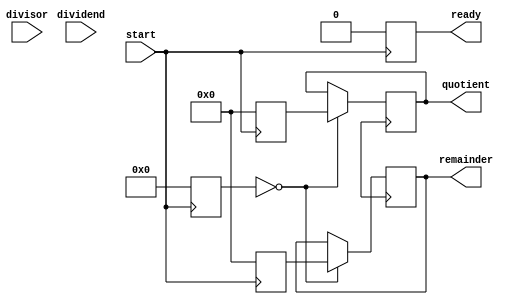
module Pipelined_Divider (
    input [31:0] dividend,
    input [31:0] divisor,
    input start,
    output reg ready,
    output reg [31:0] quotient,
    output reg [31:0] remainder
);

reg [31:0] dividend_reg;
reg [31:0] divisor_reg;
reg [31:0] quotient_reg;
reg [31:0] remainder_reg;
reg [4:0] stage;

always @ (posedge start) begin
    if (start) begin
        ready <= 0;
        dividend_reg <= dividend;
        divisor_reg <= divisor;
        quotient_reg <= 0;
        remainder_reg <= 0;
        stage <= 0;
    end else begin
        case (stage)
            0: begin // shift divisor to align with MSB of dividend
                divisor_reg <= divisor_reg << 1;
                stage <= stage + 1;
            end
            1: begin // subtract shifted divisor from dividend
                if (dividend_reg >= divisor_reg) begin
                    dividend_reg <= dividend_reg - divisor_reg;
                    quotient_reg <= quotient_reg + 1;
                end
                stage <= 0;
            end
        endcase
    end
end

always @ (posedge clk) begin
    if (stage == 0) begin
        quotient <= quotient_reg;
        remainder <= remainder_reg;
    end
end

endmodule